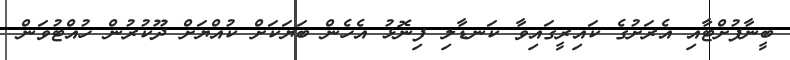
ބީނާފުށްޓާއި އެރަށުގެ ކައިރީގައިވާ ކަނޑާލި ފިނޮޅު އެހެން ބަޔަކަށް ކުއްޔަށް ދޫކުރުން ހުއްޓުވަން